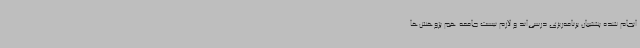
انجام شده پشتیبان برنامه‌ریزی درسی‌اند و لازم نیست جامعه هم پژوهش‌ها